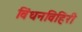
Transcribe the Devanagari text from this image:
विंधनविहिरी